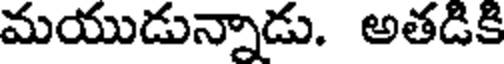
మయుడున్నాడు. అతడికి